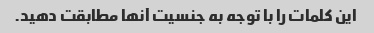
این کلمات را با توجه به جنسیت آنها مطابقت دهید.